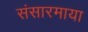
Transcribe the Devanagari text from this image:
संसारमाया